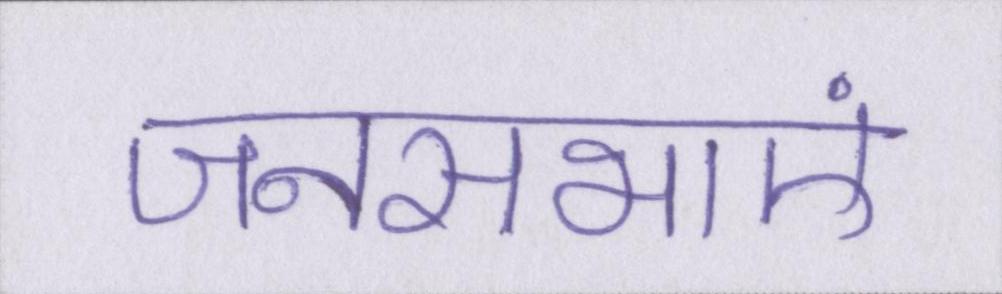
जनसभाएं